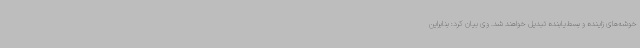
خوشه‌های زاینده و بسط‌یابنده تبدیل خواهند شد. وی بیان کرد: بنابراین